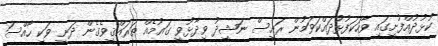
ކުޅުދުއްފުށީގައި ވާހަކަފުޅުދައްކަވަމުން ރައީސް ނަޝީދު ވިދާޅުވީ ގައުމެއް ތަރައްޤީވެގެން ދަނީ ވަކި ހާއްސަ